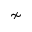
\nsim